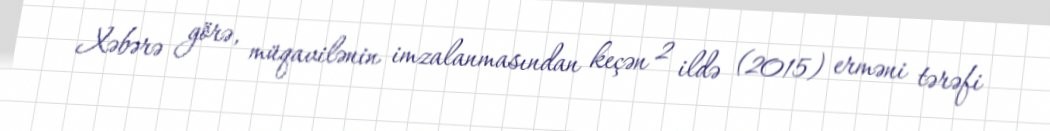
Xəbərə görə, müqavilənin imzalanmasından keçən 2 ildə (2015) erməni tərəfi